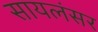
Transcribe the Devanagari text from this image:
सायलंसर